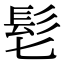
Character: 𩫷